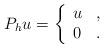
LaTeX: \begin{align*} P_h u = \left\{ \begin{array}{ll} u & , \\ 0 & . \end{array} \right. \end{align*}